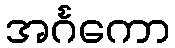
အင်္ဂကော